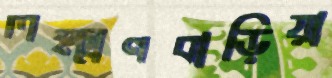
লক্ষ্মণবাড়িয়া